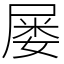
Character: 屡